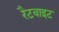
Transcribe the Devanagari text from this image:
रैटबाइट